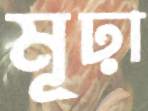
মূঢ়া